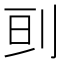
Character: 刯